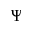
\Psi